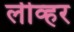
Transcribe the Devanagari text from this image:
लीव्हर